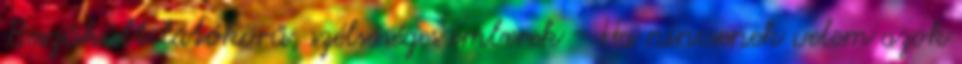
Beszűkült látókörű, szélsőséges emberek - Ha nincsenek velem azok